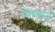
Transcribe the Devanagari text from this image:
पिण्याने